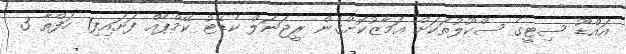
އައްޑޫ ސިޓީގެ ސްކޫލުތަކަށް އަމާޒުކޮށްގެން ރީޖަނަލް ކެޑޭޓު ކޭމްޕެއް ފަށައިފި1 ހަފްތާ 3